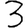
Digit: 3